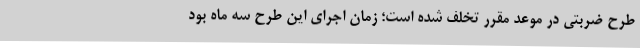
طرح ضربتی در موعد مقرر تخلف شده است؛ زمان اجرای این طرح سه ماه بود